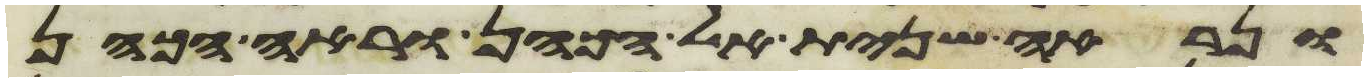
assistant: ונראה שנית אל הכהן וראה הכהן